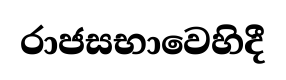
රාජසභාවෙහිදී